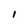
Character: l